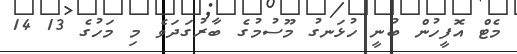
މެޓް އޮފީހުން ބުނީ ހުޅަނގު މޫސުމުގެ ބާރުގަދަވެ މި މަހުގެ 13 14